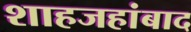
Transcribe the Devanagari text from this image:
शाहजहांबाद